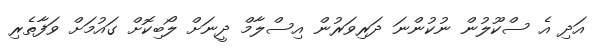
އަދި އެ ސްކޫލުން ނުކުންނަ ދަރިވަރުން އިސްލާމް ދީނަށް ލޯބިކޮށް ގައުމަށް ވަފާތެރި